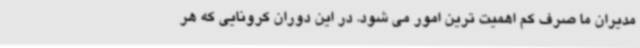
مدیران ما صرف کم اهمیت ترین امور می شود. در این دوران کرونایی که هر